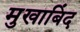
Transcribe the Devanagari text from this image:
मुखाबिंद